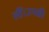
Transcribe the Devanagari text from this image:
लीं।उनकी